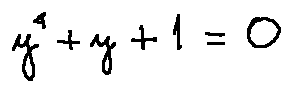
y ^ { 4 } + y + 1 = 0